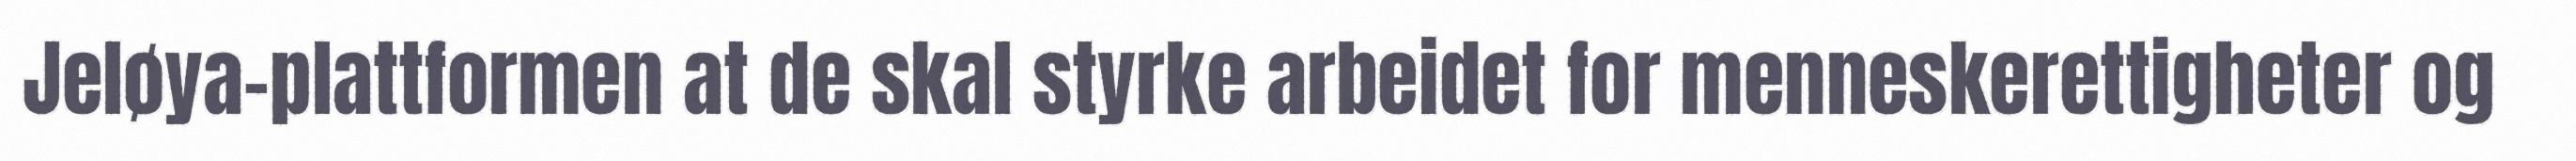
Jeløya-plattformen at de skal styrke arbeidet for menneskerettigheter og